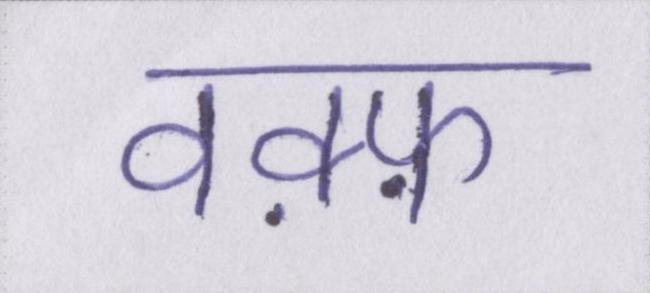
वक़्फ़